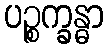
ပဉ္စက္ခန္ဓာ